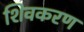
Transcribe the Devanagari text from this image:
शिवकरण